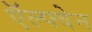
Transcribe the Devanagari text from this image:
ऍल्फ्वेन